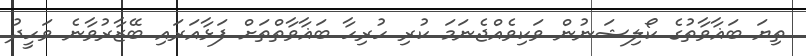
ތިޔަ ބަޣާވާތުގެ ކޯލިޝަނުން ވަކިވެއްޖެނަމަ ކުރި ހުރިހާ ބަޣާވާތްތަށް ފަޅާއަރައި ބޭޒާރުވާނެ ވަހީދު